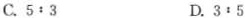
C.5:3 D.3:5